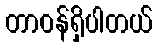
တာဝန်ရှိပါတယ်